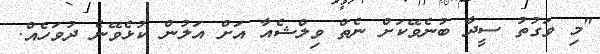
"މި ވަގުތު ސީދާ ބުނެވޭކަށް ނެތް ވިލްޝެއާ އަށް އަލުން ކުޅެވޭނެ ދުވަހެއް.